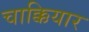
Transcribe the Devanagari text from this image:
चाक्कियार